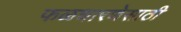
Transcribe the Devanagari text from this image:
फळधारणेसाठी